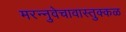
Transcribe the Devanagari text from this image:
मरन्नुवेचावास्तुक्कळ